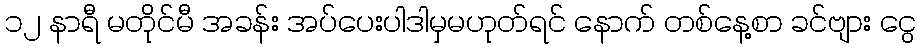
၁၂ နာရီ မတိုင်မီ အခန်း အပ်ပေးပါဒါမှမဟုတ်ရင် နောက် တစ်နေ့စာ ခင်ဗျား ငွေ